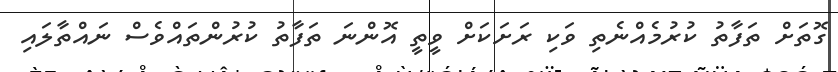
ގޮތަށް ތަފާތު ކުރުމެއްނެތި ވަކި ރަށަކަށް ވީތީ އޮންނަ ތަފާތު ކުރުންތައްވެސް ނައްތާލައި